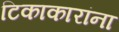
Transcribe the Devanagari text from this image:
टिकाकारांना